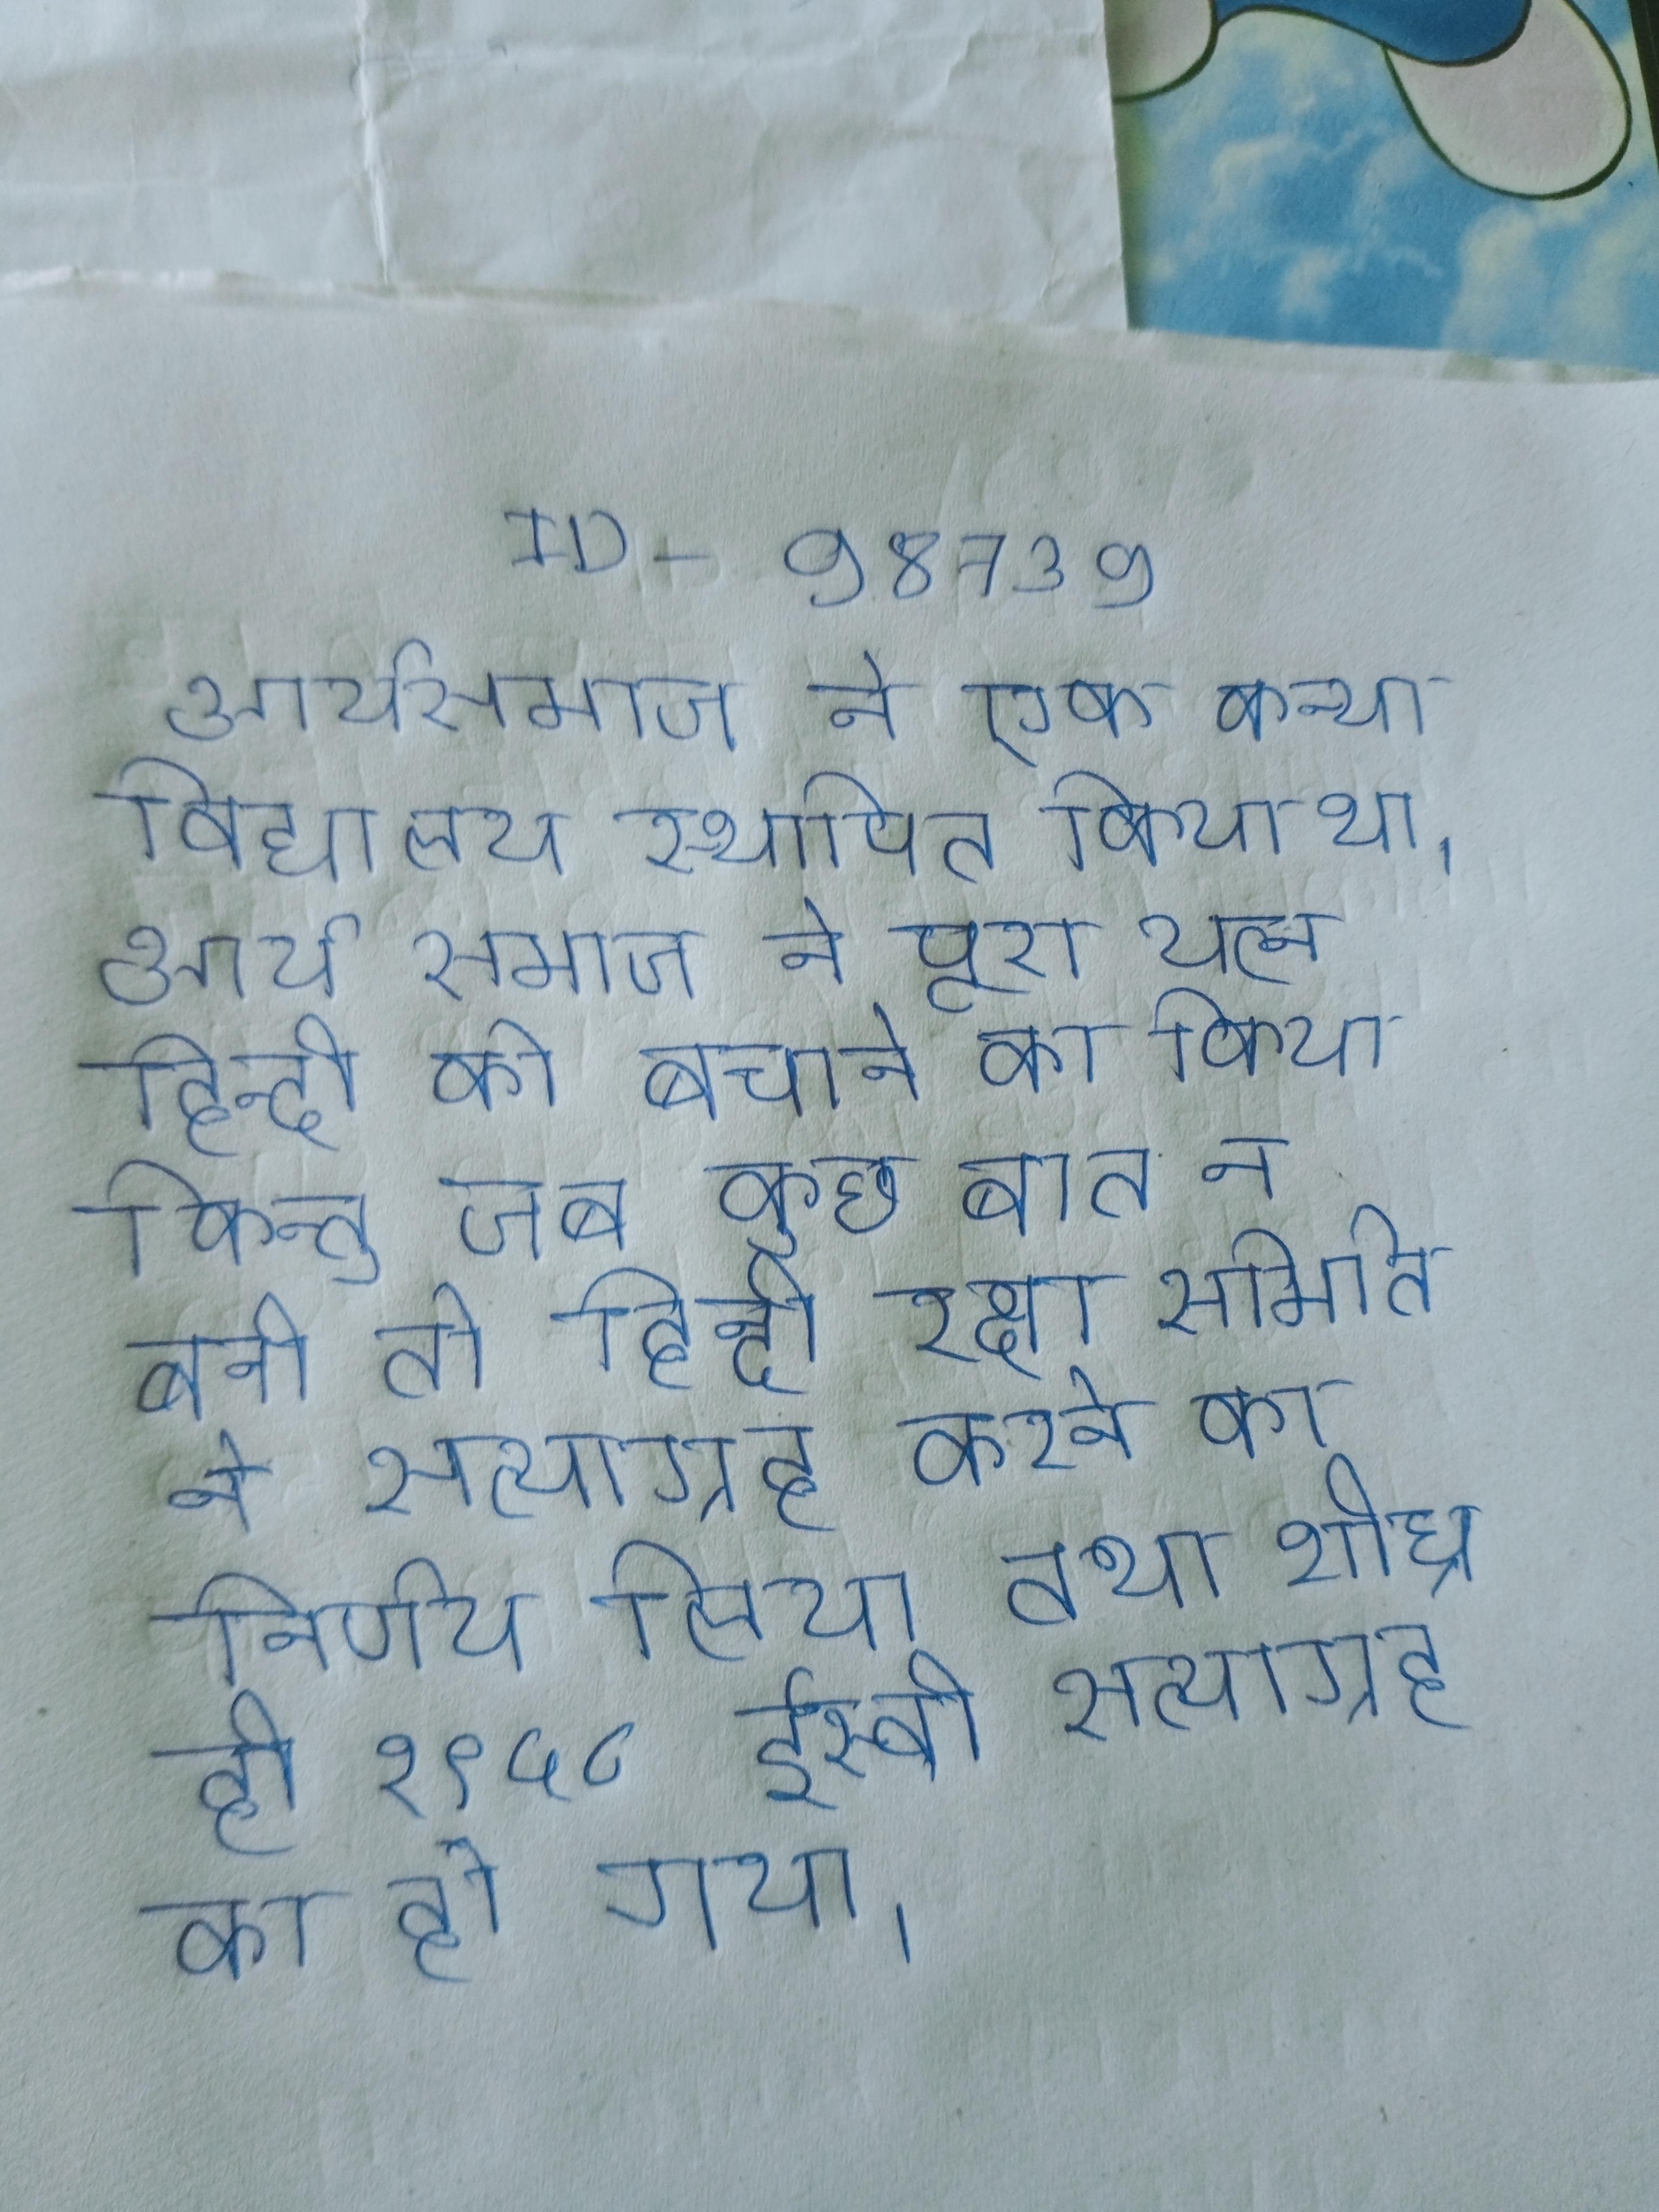
आर्यसमाज ने एक कन्या विद्यालय स्थापित किया था । आर्य समाज ने पूरा यत्न हिन्दी को बचाने का किया किन्तु जब कुछ बात न बनी तो हिन्दी रक्षा समिति ने सत्याग्रह करने का निर्णय लिया तथा शीघ्र ही १९५८ ईस्वी सत्याग्रह का हो गया ।